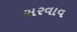
સરવાવ